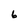
Character: 6